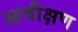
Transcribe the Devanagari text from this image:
आवीक्षण